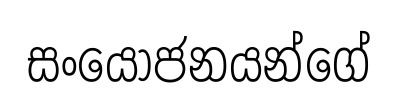
සංයෝජනයන්ගේ